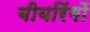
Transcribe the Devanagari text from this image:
बीयरिंगों